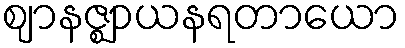
ဈာနဇ္ဈာယနရတာယော